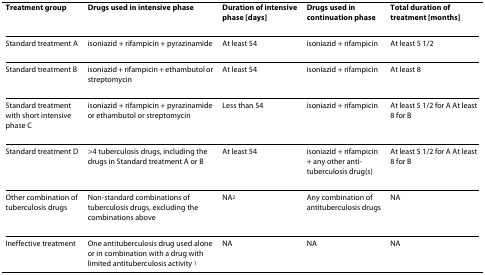
| Treatment group | Drugs used in intensive phase | Duration of intensive phase [days] | Drugs used in continuation phase | Total duration of treatment [months] |
 | --- | --- | --- | --- | --- |
 | Standard treatment A | isoniazid + rifampicin + pyrazinamide | At least 54 | isoniazid + rifampicin | At least 5 1/2 |
 | Standard treatment B | isoniazid + rifampicin + ethambutol or streptomycin | At least 54 | isoniazid + rifampicin | At least 8 |
 | Standard treatment with short intensive phase C | isoniazid + rifampicin + pyrazinamide or ethambutol or streptomycin | Less than 54 | isoniazid + rifampicin | At least 5 1/2 for A At least 8 for B |
 | Standard treatment D | >4 tuberculosis drugs, including the drugs in Standard treatment A or B | At least 54 | isoniazid + rifampicin + any other anti-tuberculosis drug(s) | At least 5 1/2 for A At least 8 for B |
 | Other combination of tuberculosis drugs | Non-standard combinations of tuberculosis drugs, excluding the combinations above | NA2 | Any combination of antituberculosis drugs | NA |
 | Ineffective treatment | One antituberculosis drug used alone or in combination with a drug with limited antituberculosis activity 1 | NA | NA | NA |